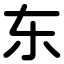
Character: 东